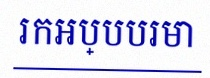
រកអប្បបរមា